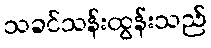
သခင်သန်းထွန်းသည်